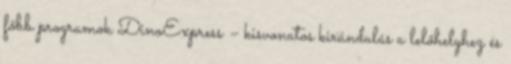
főbb programok DinoExpress – kisvonatos kirándulás a lelőhelyhez és